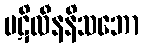
ပဋိလီနနိသဘော